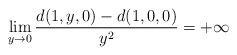
LaTeX: \begin{align*} \lim_{y\to 0}\frac{d(1,y,0)-d(1,0,0)}{ y^2}=+\infty \end{align*}